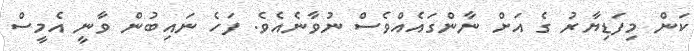
ކަން މިފަޑިޔާރު ގެ އަށް ނާންގައެއްވެސް ނުވާނެއެވެ. ފަހެ ނައިބުން ވާނީ އެމީސް